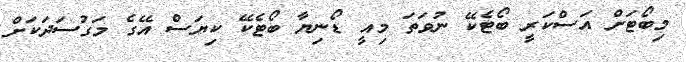
މިބޯޓަށް އަސްކަރީ ބޯޓެކޭ ނުވަތަ މިއީ ޑޯނިޔާ ބޯޓެކޭ ކިޔަސް އޭގެ މަގުސަދަކަށް